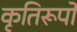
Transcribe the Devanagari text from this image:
कृतिरूपों